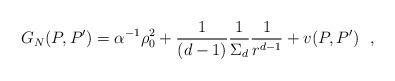
LaTeX: \begin{align*}G_N(P,P')=\alpha^{-1} \rho^2_0+{1\over (d-1)}{1\over \Sigma_d}{1\over r^{d-1}}+v(P,P')~~,\end{align*}